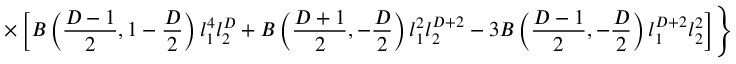
\times \left[ B \left( { \frac { D - 1 } { 2 } } , 1 - { \frac { D } { 2 } } \right) l _ { 1 } ^ { 4 } l _ { 2 } ^ { D } + B \left( { \frac { D + 1 } { 2 } } , - { \frac { D } { 2 } } \right) l _ { 1 } ^ { 2 } l _ { 2 } ^ { D + 2 } - 3 B \left( { \frac { D - 1 } { 2 } } , - { \frac { D } { 2 } } \right) l _ { 1 } ^ { D + 2 } l _ { 2 } ^ { 2 } \right] \Biggr \} { \frac { \hbar L ^ { D - 1 } } { a ^ { D } } } ,